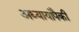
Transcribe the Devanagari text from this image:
अध्यायांपैकी